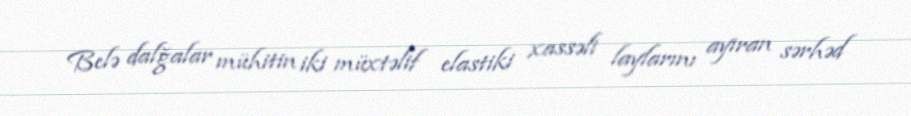
Belə dalğalar mühitin iki müxtəlif elastiki xassəli laylarını ayıran sərhəd